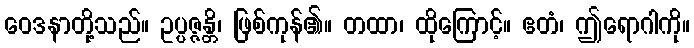
ဝေဒနာတို့သည်။ ဥပ္ပဇ္ဇန္တိ၊ ဖြစ်ကုန်၏။ တထာ၊ ထိုကြောင့်။ ဧတံ၊ ဤရောဂါကို။